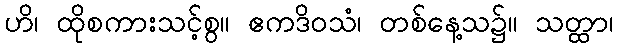
ဟိ၊ ထိုစကားသင့်စွ။ ဧကဒိဝသံ၊ တစ်နေ့သ၌။ သတ္ထာ၊